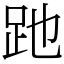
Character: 𧿇